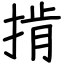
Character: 掯